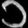
Digit: ၁